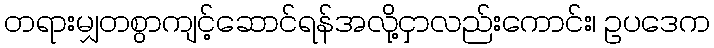
တရားမျှတစွာကျင့်ဆောင်ရန်အလို့ငှာလည်းကောင်း၊ ဥပဒေက